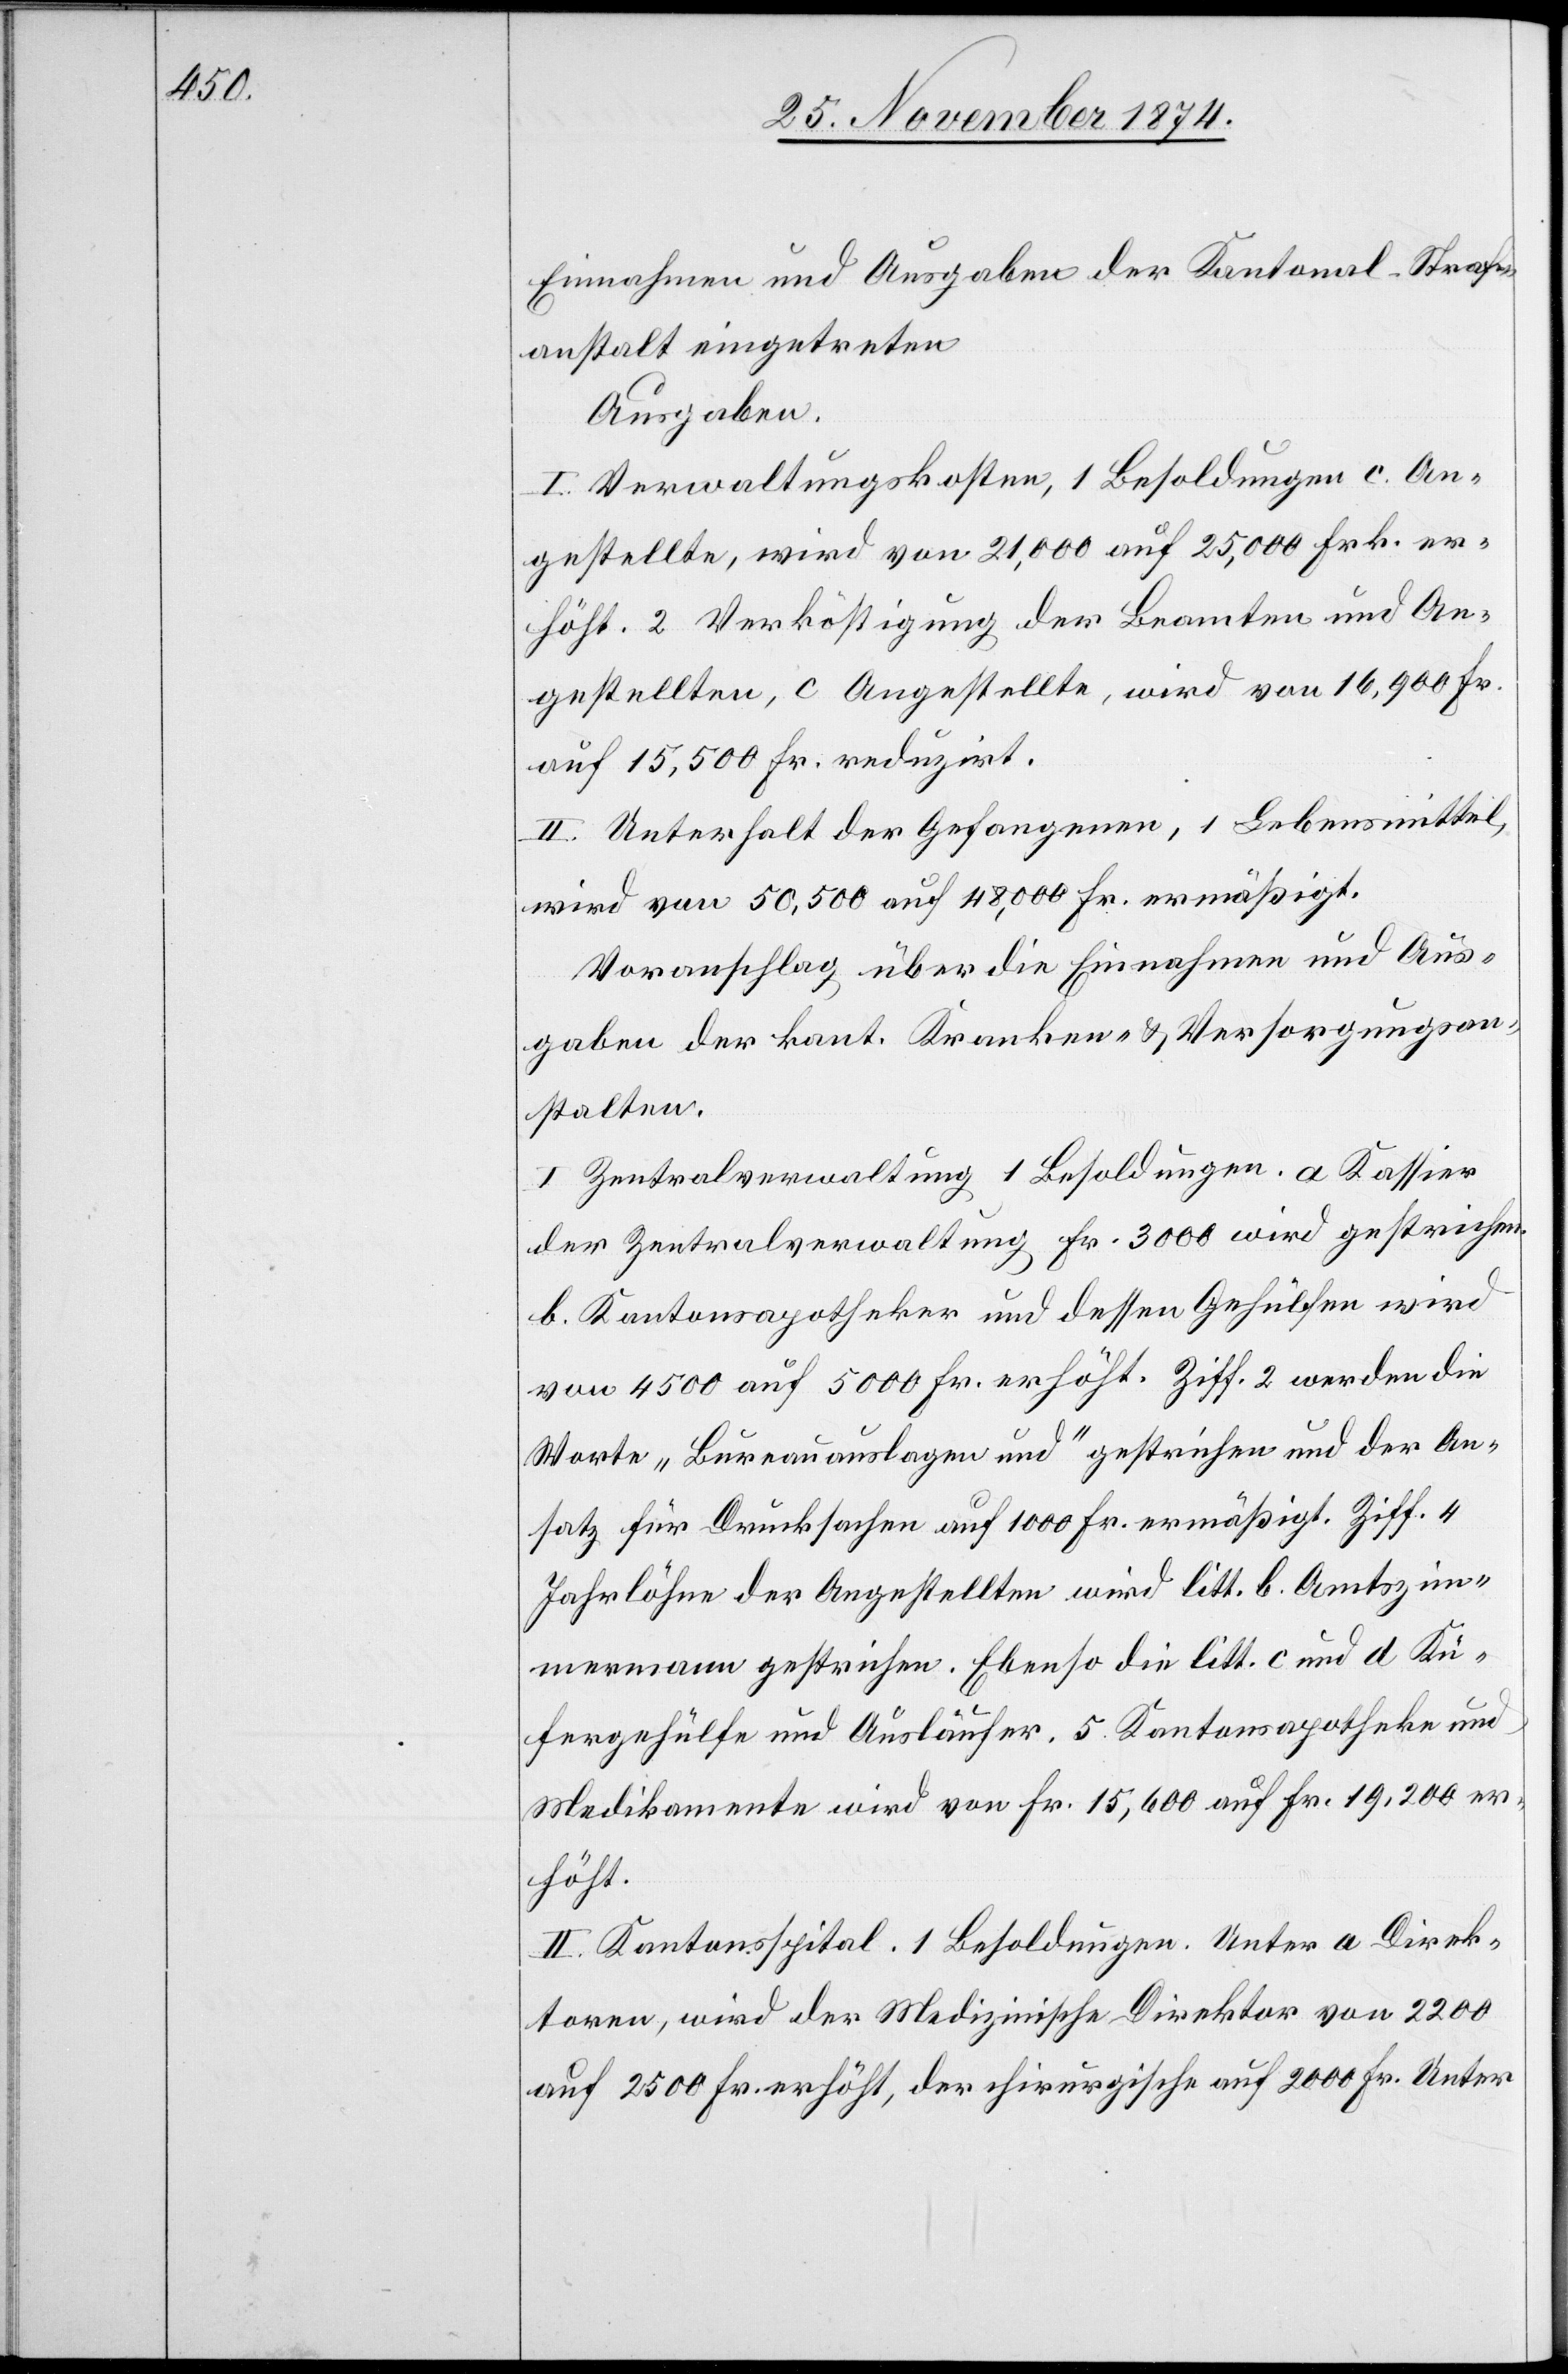
Einnahmen und Ausgaben der Kantonal-Straf¬
anstalt eingetreten.
Ausgaben.
I. Verwaltungskosten, 1 Besoldungen c. An¬
gestellte, wird von 21,000 auf 25,000 Frk. er¬
höht. 2 Verköstigung der Beamten und An¬
gestellten, c Angestellte, wird von 16,900 Fr.
auf 15,500 Fr. reduzirt.
II. Unterhalt der Gefangenen, 1 Lebensmittel,
wird von 50,500 auf 48,000 Fr. ermäßigt.
Voranschlag über die Einnahmen und Aus¬
gaben der kant. Kranken- & Versorgungsan¬
stalten.
I. Zentralverwaltung[,] 1 Besoldungen. a Kassier
der Zentralverwaltung Fr. 3000 wird gestrichen.
b. Kantonsapotheker und dessen Gehülfen wird
von 4500 auf 5000 Fr. erhöht. Ziff. 2 werden die
Worte „Bureauauslagen und“ gestrichen und der An¬
satz für Drucksachen auf 1000 Fr. ermäßigt. Ziff. 4
Jahrlöhne der Angestellten wird litt. b. Amtszim¬
mermann gestrichen. Ebenso die litt. c und a Kü¬
fergehülfe und Ausläufer. 5. Kantonsapotheke und
Medikamente wird von Fr. 15,600 auf Fr. 19,200 er¬
höht.
II. Kantonsspital. 1 Besoldungen. Unter a Direk¬
toren, wird der Medizinische Direktor von 2200
auf 2500 Fr. erhöht, der chirurgische auf 2000 Fr. Unter